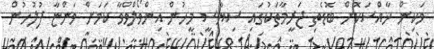
ވަކިން ޚާއްސަކޮށް ބޮޑެތި ޖަރީމާތަކުގައި ސިޔާސީ މީހުން އިންވޯލްވްވާ ކަމަށް ވަންޏާ ފުލުހުން